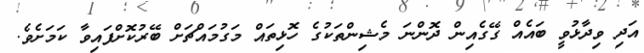
އަދި ވިދާޅުވީ ބައެއް ގޭގެއިން ދޮންނަ މެޝިންތަކުގެ ހޮޅިތައް މަގުމައްޗަށް ބޭރުކޮށްފައިވާ ކަމަށެވެ.